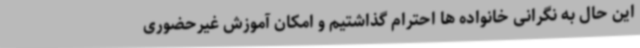
این حال به نگرانی خانواده ها احترام گذاشتیم و امکان آموزش غیرحضوری